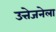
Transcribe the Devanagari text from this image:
उत्तेजनेला